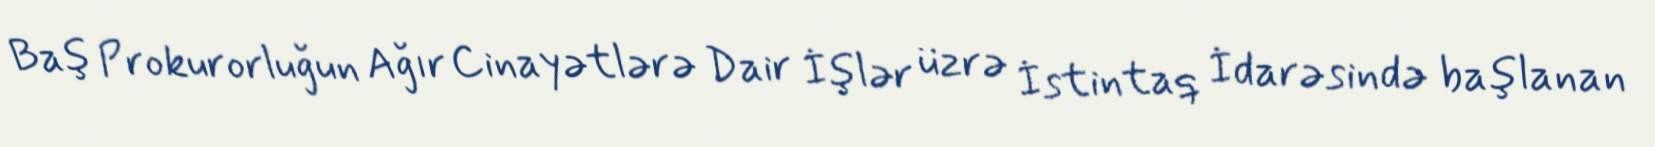
Baş Prokurorluğun Ağır Cinayətlərə Dair İşlər üzrə İstintaq İdarəsində başlanan